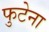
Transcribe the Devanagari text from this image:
फुटेना